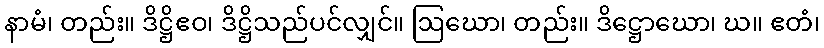
နာမံ၊ တည်း။ ဒိဋ္ဌိဧဝ၊ ဒိဋ္ဌိသည်ပင်လျှင်။ ဩဃော၊ တည်း။ ဒိဋ္ဌောဃော၊ ဃ။ ဧတံ၊